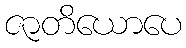
ဇာတိယောပေ